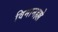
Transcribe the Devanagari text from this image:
विमानहल्ले